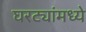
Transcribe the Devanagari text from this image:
घरट्यांमध्ये